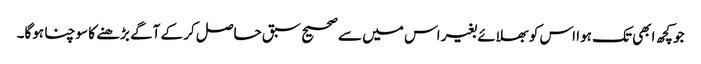
جو کچھ ابھی تک ہوا اس کو بھلائے بغیر اس میں سے صحیح سبق حاصل کر کے آگے بڑھنے کا سوچنا ہوگا۔